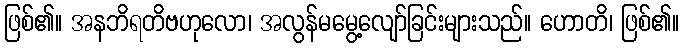
ဖြစ်၏။ အနဘိရတိဗဟုလော၊ အလွန်မမွေ့လျော်ခြင်းများသည်။ ဟောတိ၊ ဖြစ်၏။